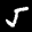
Label: 5